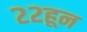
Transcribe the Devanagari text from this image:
२२हून